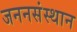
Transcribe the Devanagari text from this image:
जननसंस्थान